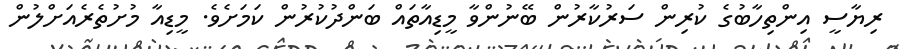
ރިޔާސީ އިންތިހާބުގެ ކުރިން ސަރުކާރުން ބޭނުންވާ މީޑިއާތައް ބަންދުކުރުން ކަމަށެވެ. މީޑިއާ މުށުތެރެއަށްލުން